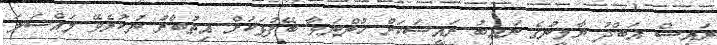
ރައީސް އަބްދު ޔާމީނުގެ ނައިބު ރައީސަކަށް ހުންނަވާ ބޭފުޅަކަށް އިތުބާރު ނުކުރެވޭ މައްސަލަ